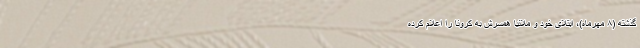
گذشته (۸ مهرماه)، ابتلای خود و ملانیا همسرش به کرونا را اعلام کرده